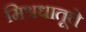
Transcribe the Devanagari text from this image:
मिश्रधातूचे